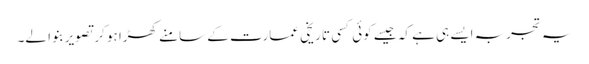
یہ تجربہ ایسے ہی ہے کہ جیسے کوئی کسی تاریخی عمارت کے سامنے کھڑا ہو کر تصویر بنوا لے۔